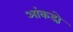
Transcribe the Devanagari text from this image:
आंकडो़